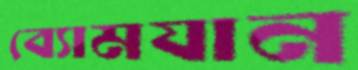
ব্যোমযান